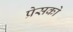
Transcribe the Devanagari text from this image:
प्रेसको